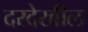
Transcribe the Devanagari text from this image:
दरदेखील